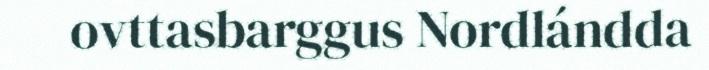
ovttasbarggus Nordlándda